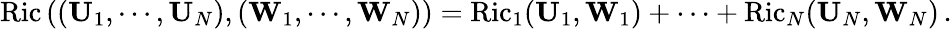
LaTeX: \operatorname{Ric}\left((\mathbf{U}_{1},\cdots,\mathbf{U}_{N}),(\mathbf{W}_{1},\cdots,\mathbf{W}_{N})\right)=\operatorname{Ric}_{1}(\mathbf{U}_{1},\mathbf{W}_{1})+\cdots+\operatorname{Ric}_{N}(\mathbf{U}_{N},\mathbf{W}_{N})\, .